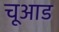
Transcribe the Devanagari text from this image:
चूआड